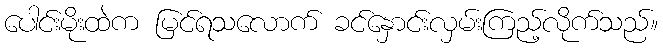
ပေါင်းမိုးထဲက မြင်ရသလောက် ခင်နှောင်းလှမ်းကြည့်လိုက်သည်။